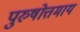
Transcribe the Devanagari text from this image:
पुरुषोत्तमाय